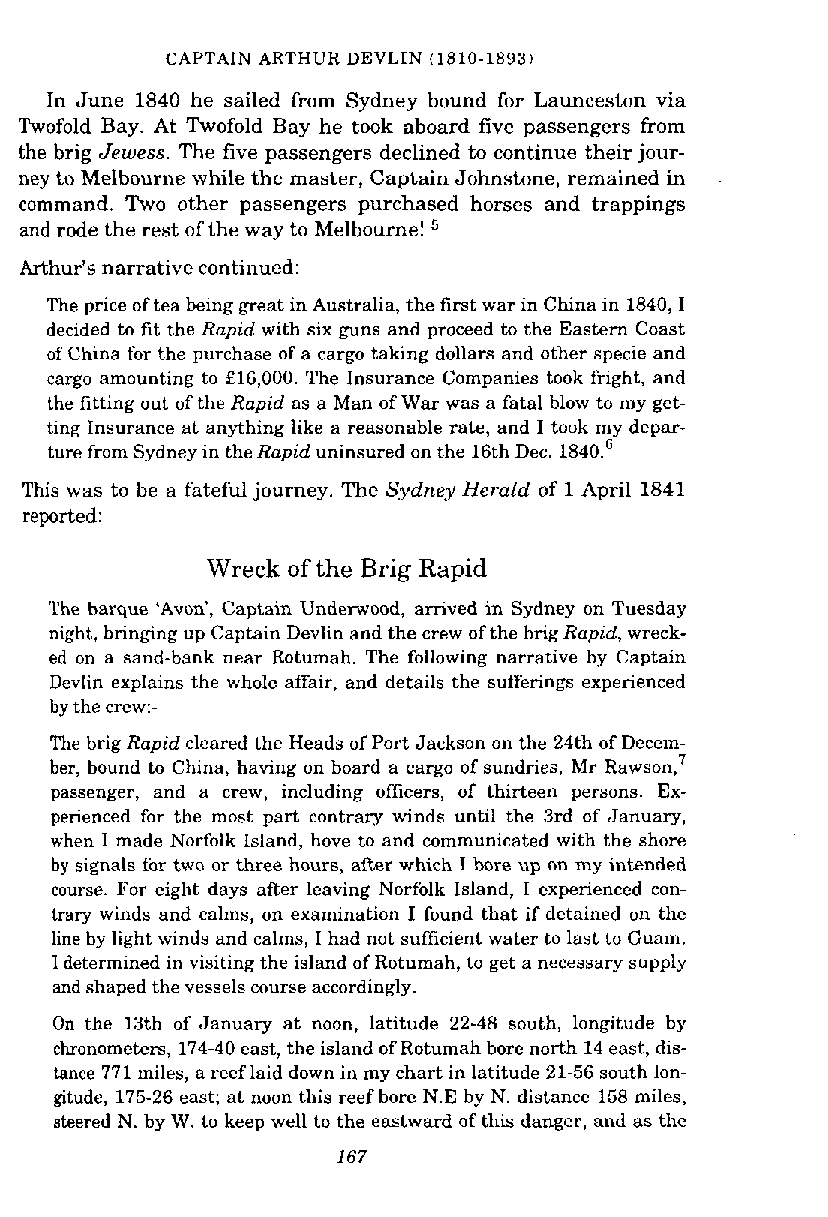
CAPTAIN ARTHUR DEVLIN (1810-1893)
 In June 1840 he sailed from Sydney bound for Launceston via
 Twofold Bay. At Twofold Bay he took aboard five passengers from
 the brig Jewess. The five passengers declined to continue their jour-
 ney to Melbourne while the master, Captain Johnstone, remained in
 command. Two other passengers purchased horses and trappings
 and rode the rest of the way to Melbourne!
 Arthur's narrative continued:
 The price of tea being great in Australia, the first war in China in 1840, I
 decided to fit the Rapid with six guns and proceed to the Eastern Coast
 of China for the purchase of a cargo taking dollars and other specie and
 cargo amounting to f 16,000. The Insurance Companies took fright, and
 the fitting out of the Rapid as a Man of War was a fatal blow to my get-
 ting Insurance at anything like a reasonable rate, and I took my depar-
 ture from Sydney in the Rapid uninsured on the 16th Dec. 1840."
 This was to be a fateful journey. The Sydney Herald of 1 April 1841
 reported:
 Wreck of the Brig Rapid
 The barque 'Avon', Captain Underwood, arrived in Sydney on Tuesday
 night, bringing up Captain Devlin and the crew of the brig Rapid, wreck-
 ed on a sand-hank near Rotumah. The following narrative by Captain
 Devlin explains the whole affair, and details the sufferings experienced
 by the crew:.
 The brig Rapid cleared the Heads of Port Jackson on the 24th of Decem-
 ber, bound to China, having on board a cargo of sundries, Mr ~awson,~
 passenger, and a crew, including officers, of thirteen persons. Ex-
 perienced for the most part contrary winds until the 3rd of January,
 when I made Norfolk Island, hove to and communicated with the shore
 by signals for two or three hours, aiter which I bore up on my intended
 course. For eight days after leaving Norfolk Island, I experienced con-
 trary winds and calms, on examination I found that if detained on the
 line by light winds and calms, I had not sufficient water to last to Guam.
 1 determined in visiting the island of Rotumah, to get a necessary supply
 and shaped the vessels course accordingly.
 On the 13th of January at noon, latitude 22-48 south, longitude by
 chronometers, 174-40 east, the island of Rotumah bore north 14 east, dis-
 tance 771 miles, a reef laid down in my chart in latitude 21-56 south lon-
 gitude, 175-26 east; at noon this reef bore N.E by N. distance 158 miles,
 steered N. by W. to keep well to the eastward of this danger, and as the